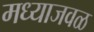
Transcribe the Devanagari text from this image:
मध्याजवळ